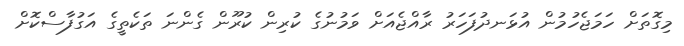
މިގޮތަށް ހަމަޖެހުމުން އުޅަނދުފަހަރު ރާއްޖެއަށް ވަމުނުގެ ކުރިން ކުރޫން ގެންނަ ތަކެތީގެ އަގުފާސްކޮށް